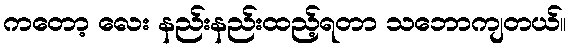
ကတော့ လေး နည်းနည်းထည့်ရတာ သဘောကျတယ်။